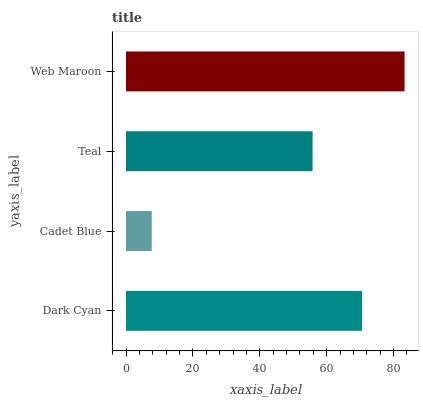
| yaxis_label | bars |
 | --- | --- |
 | Dark Cyan | 70.6 |
 | Cadet Blue | 7.69 |
 | Teal | 55.8 |
 | Web Maroon | 83.3 |